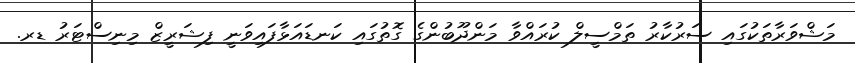
މަޝްވަރާތަކުގައި ސަރުކާރު ތަމްސީލް ކުރައްވާ މަންދޫބުންގެ ގޮތުގައި ކަނޑައަޅާފައިވަނީ ފިޝަރީޒް މިނިސްޓަރު ޑރ.